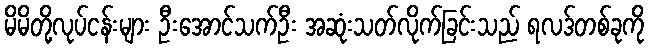
မိမိတို့လုပ်ငန်းများ ဦးအောင်သက်ဦး အဆုံးသတ်လိုက်ခြင်းသည် ရလဒ်တစ်ခုကို